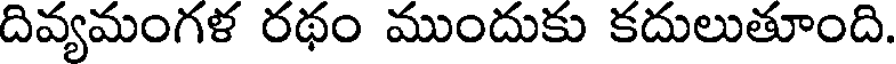
దివ్యమంగళ రథం ముందుకు కదులుతూంది.